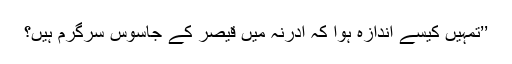
’’تمہیں کیسے اندازہ ہوا کہ ادرنہ میں قیصر کے جاسوس سرگرم ہیں؟